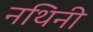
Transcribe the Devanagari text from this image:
नथिनी